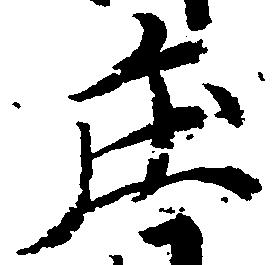
庄